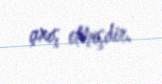
çıxış etmişdir.